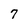
Character: 7